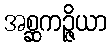
အစ္ဆကဉ္ဇိယာ